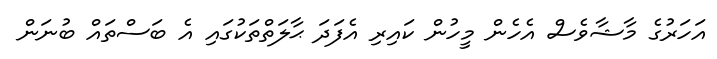
އަހަރުގެ މާޝާވެސް އެހެން މީހުން ކައިރި އެފަދަ ޙާލަތްތަކުގައި އެ ބަސްތައް ބުނަން